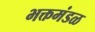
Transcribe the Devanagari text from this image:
भक्तमंडळ